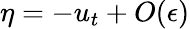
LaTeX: \eta=-u_{t}+O(\epsilon)